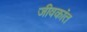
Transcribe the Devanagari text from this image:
जीवकांत